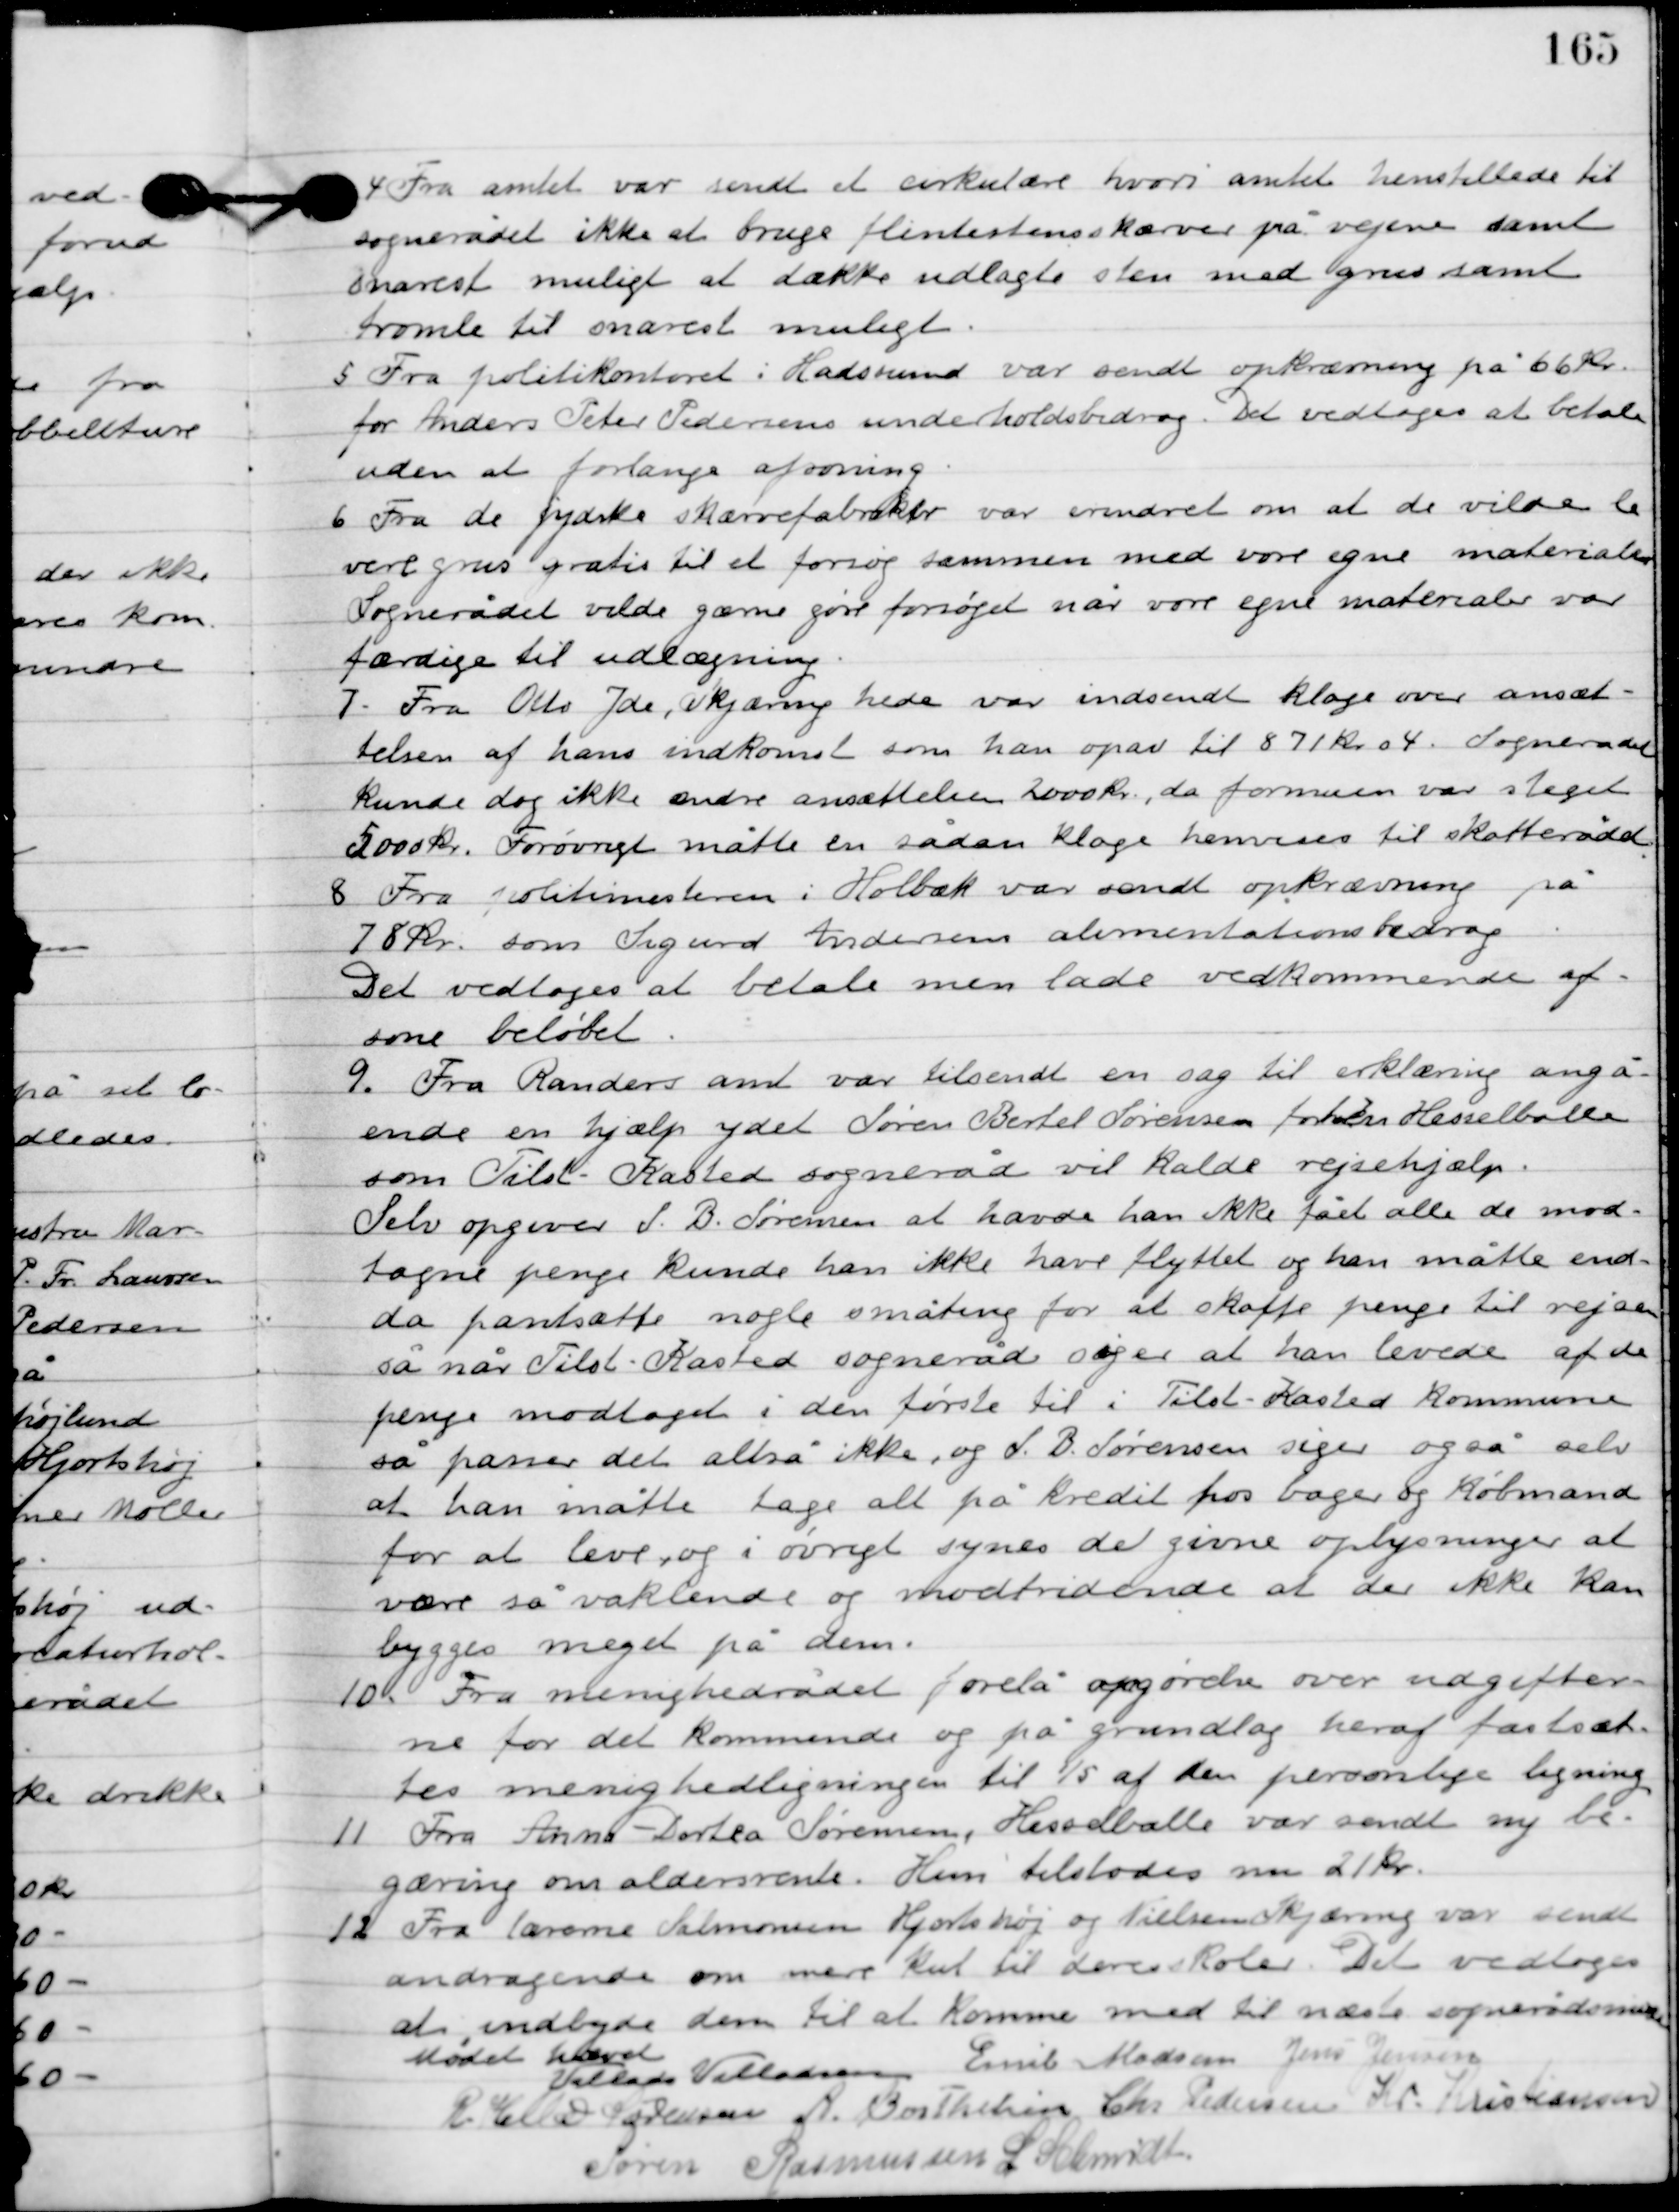
Transskription:
4

Fra amtet var sendt et cirkulære hvori amtet henstillede til
sognerådet ikke at bruge flintestensskærver på vejene samt
snarest muligt at dække udlagte sten med grus samt
tromle til snarest muligt.

5

Fra politikontoret i Hadsund var sendt opkrævning på 66 kr.
for Anders Peter Pedersens underholdsbidrag. Det vedtoges at betale
uden at forlange afsoning.

6

Fra de jydske skærve fabrikker var erindret om at de vilde le-
vere grus gratis til et forsøg sammen med vore egne materiale.
Sognerådet vilde gærne gøre forsøget når være egn materialer var
færdige til udlægning.

7

Ole Yde, Skjæring hede var indsendt klage over ansæt-
telsen af hans indkomst som han opgav til 871 kr. 04. Sognerådet
kunde dog ikke ændre ansættelsen 2000 kr., da formuen var steget
5000 kr. Forøvrigt måtte en sådan klage henvises til skatterådet.

8

Fra politimesteren i Holbæk var sendt opkrævning på
78 kr. som Sigurd Andersen alimentationsbidrag.
Det vedtoges at betale men lade vedkommende af-
sone beløbet.

9

Fra Randers amt var tilsendt en sag til erklæring angå-
ende en hjælp ydet Søren Bertel Sørensen forhen. Hesselballe
som Tilst-Kasted sogneråd vil kalde rejsehjælp.
Selv opgiver S. B. Sørensen at have han ikke fået alle de mod-
tagne penge kunde han ikke have flyttet og han måtte end-
da pantsætte nogle småting for at skaffe penge til rejsen,
så når Tilst-Kasted sogneråd søger at han levede af de
penge modtaget i den første til i Tilst-Kasted kommune,
så passer det altså ikke, og S.B. Sørensen siger også selv
at han måtte tage alt på kredit hos bager og købmand
for at leve, og i øvrigt synes de givne oplysninger at
være så vaklende og modstridende at der ikke kan
bygges meget på dem.

10

Fra menighedsrådet forelå opgørelse over udgifter-
ne for det kommende og på grundlag heraf fastsæt-
tes menighedsligningen til 15 af den personlige ligning.

11

Fra Anna Dortea Sørensen, Hesselballe var sendt ny be-
gæring om aldersrente. Huj tilstodes nu 21 kr.

12

Fra lærerne Salomonsen Hjortshøj og Nielsen Skjæring var sendt
andragende om mere kul til deres skoler. Det vedtoges
at indbyde dem til at komme med til næste sognerådsmøde.

Mødet hævet

Villads J. Villadsen
Emil Madsen
Jens Jensen
R. Helbo Sørensen
A. Berthelsen
Chr. Pedersen
Kr. Kristiansen
Søren Rasmussen
I. Schmidt